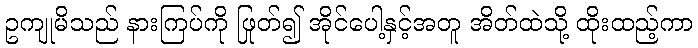
ဥကျုမိသည် နားကြပ်ကို ဖြုတ်၍ အိုင်ပေါ့နှင့်အတူ အိတ်ထဲသို့ ထိုးထည့်ကာ